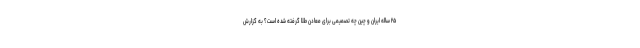
۲۵ ساله ایران و چین چه تصمیمی برای معادن طلا گرفته شده است؟ به گزارش